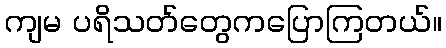
ကျမ ပရိသတ်တွေကပြောကြတယ်။